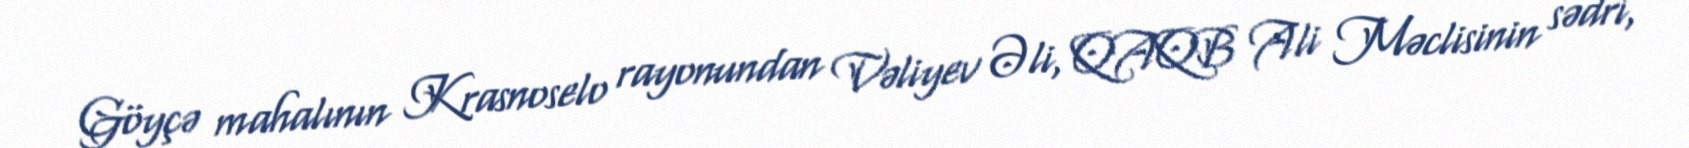
Göyçə mahalının Krasnoselo rayonundan Vəliyev Əli, QAQB Ali Məclisinin sədri,